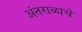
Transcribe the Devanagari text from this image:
अंतराळाचे